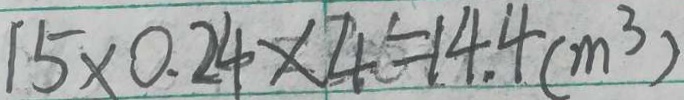
1 5 \times 0 . 2 4 \times 4 = 1 4 . 4 ( m ^ { 3 } )